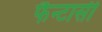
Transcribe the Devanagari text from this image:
फैन्टासी